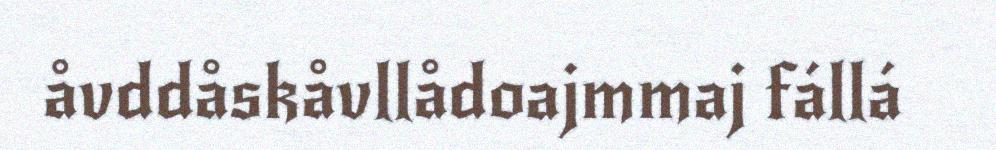
åvddåskåvllådoajmmaj fállá